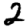
Digit: 2